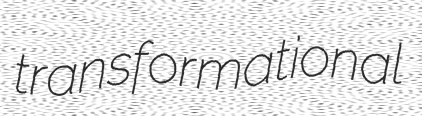
transformational